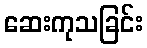
ဆေးကုသခြင်း